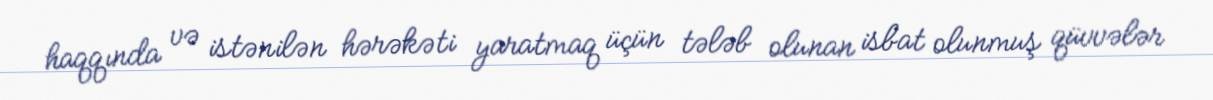
haqqında və istənilən hərəkəti yaratmaq üçün tələb olunan isbat olunmuş qüvvələr